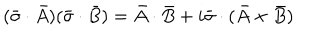
( \bar { \sigma } \cdot \bar { A } ) ( \bar { \sigma } \cdot \bar { B } ) = \bar { A } \cdot \bar { B } + i \bar { \sigma } \cdot ( \bar { A } \times \bar { B } )